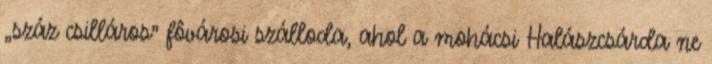
„száz csilláros” fôvárosi szálloda, ahol a mohácsi Halászcsárda ne